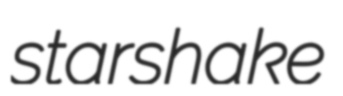
starshake